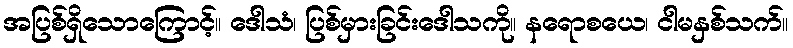
အပြစ်ရှိသောကြောင့်။ ဒေါသံ၊ ပြစ်မှားခြင်းဒေါသကို။ နရောစယေ၊ ငါမနှစ်သက်။